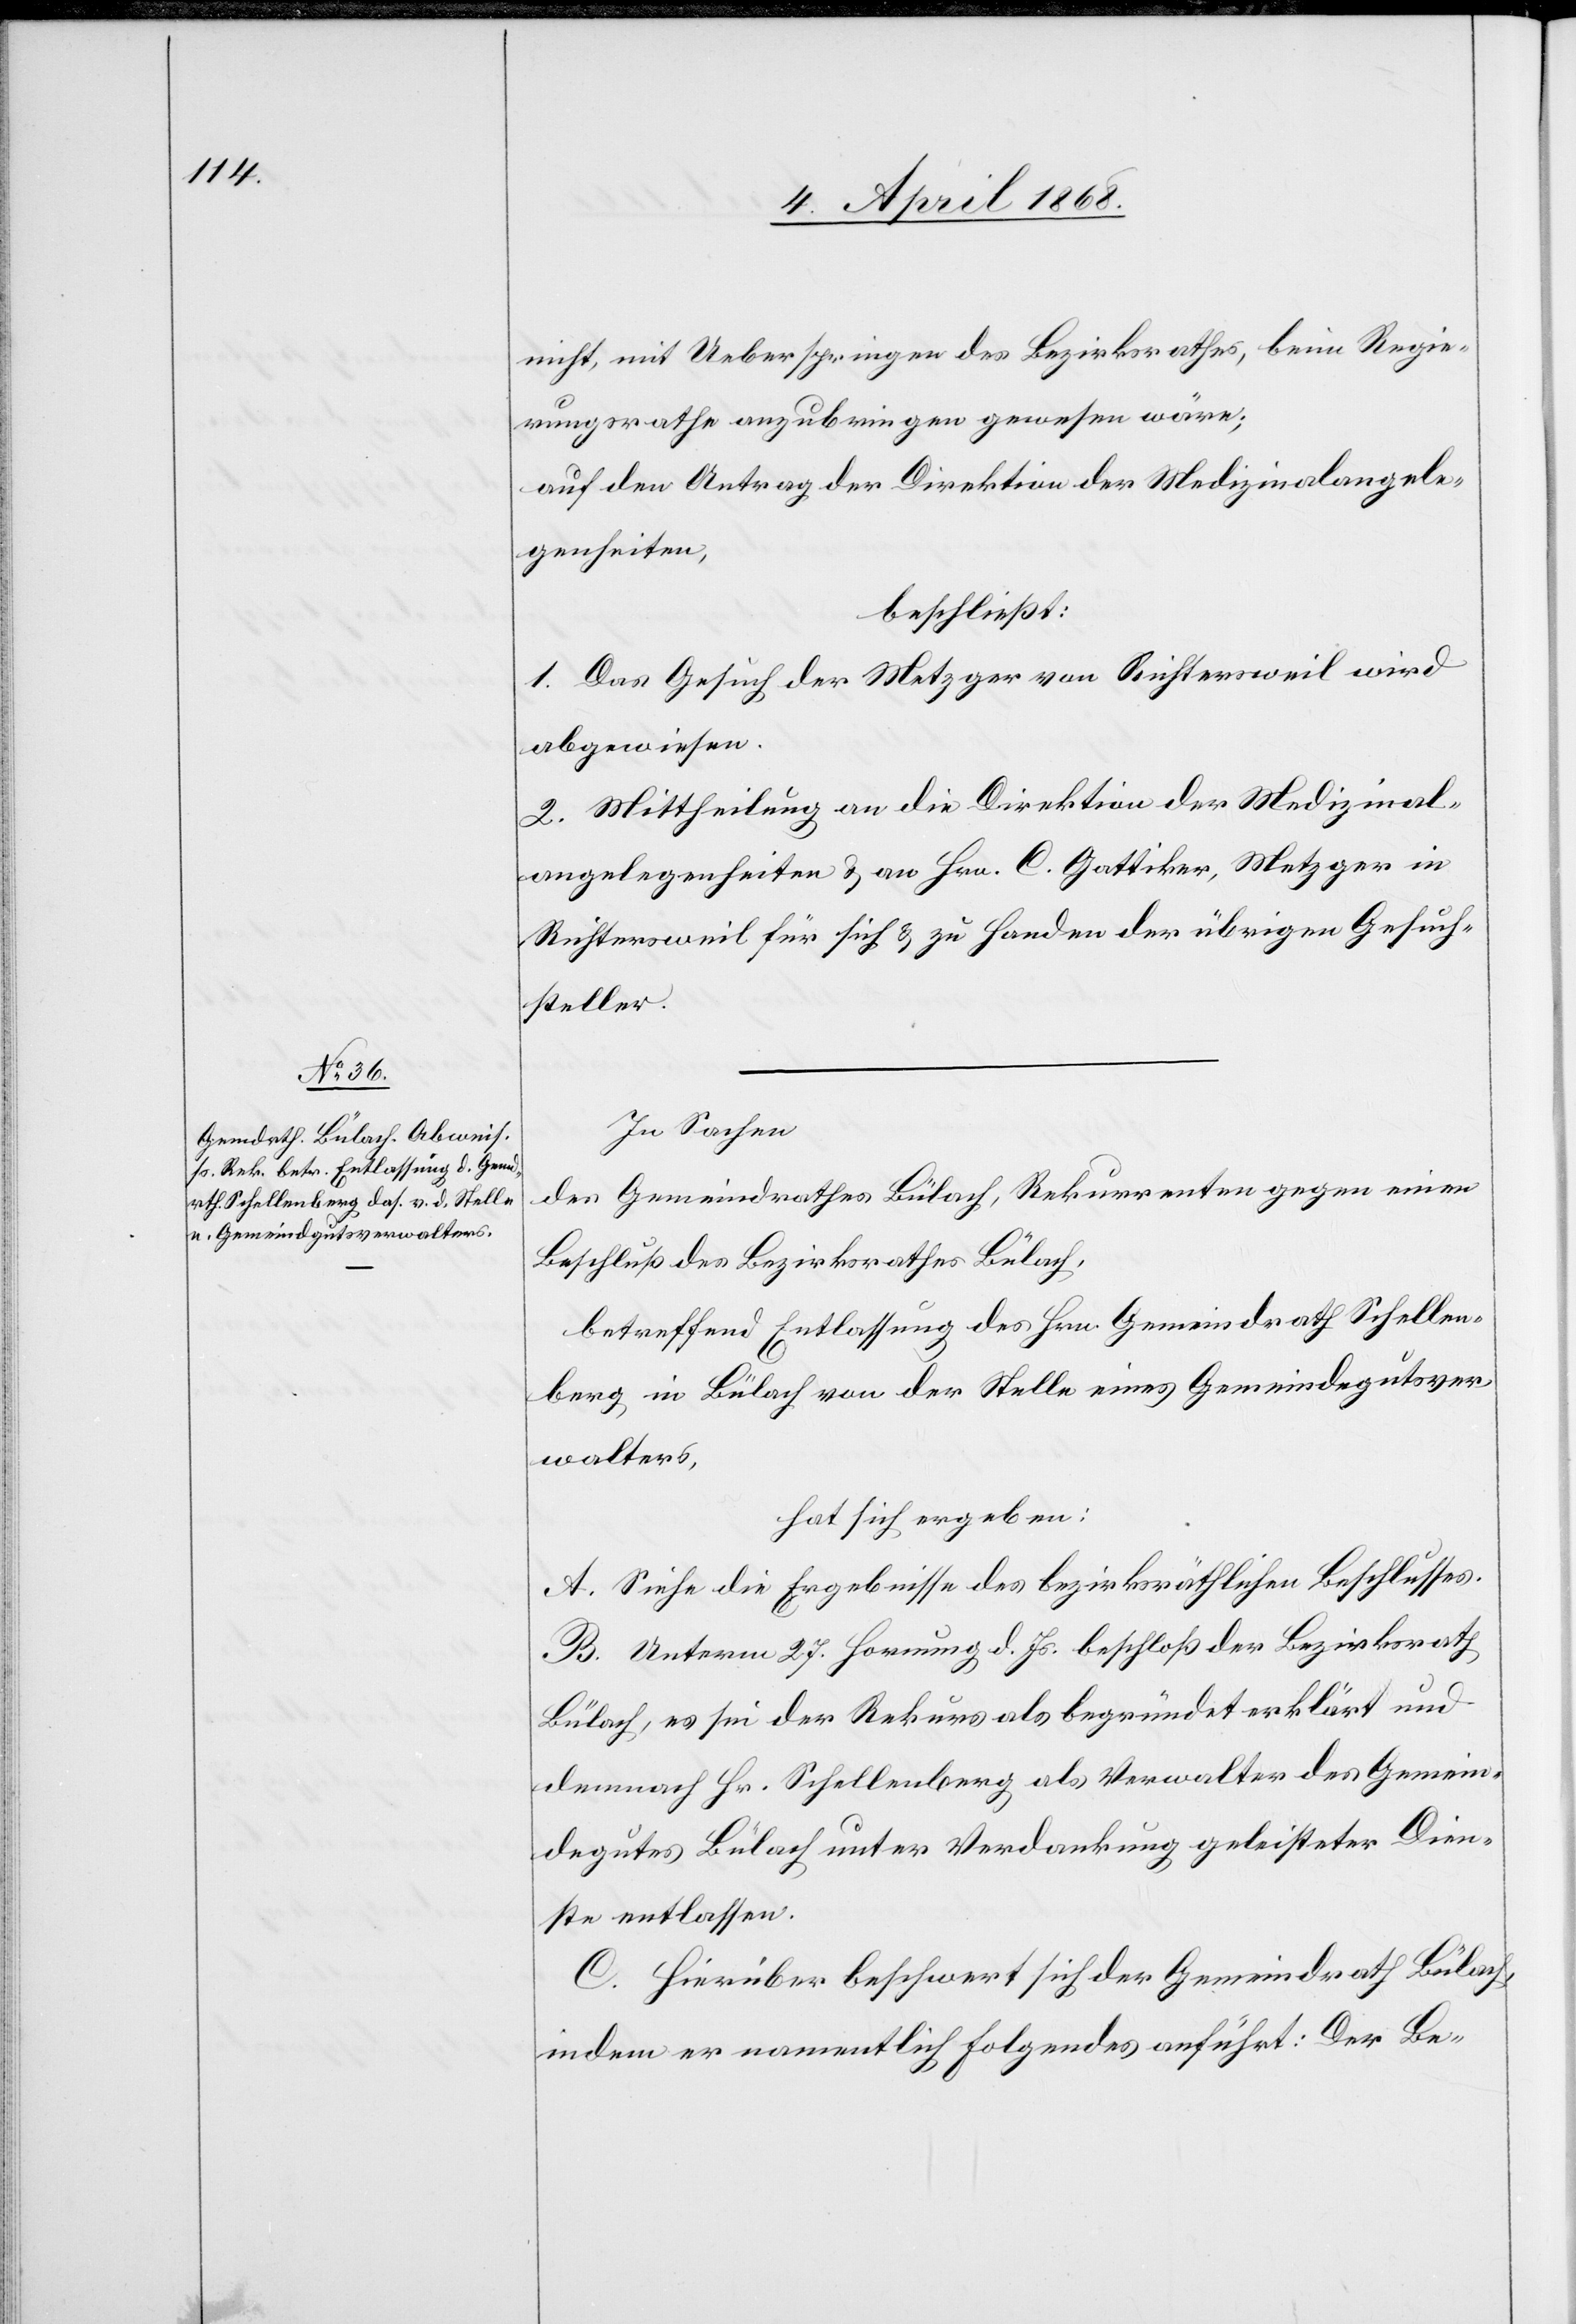
nicht, mit Ueberspringen des Bezirksrathes, beim Regie¬
rungsrathe anzubringen gewesen wäre;
auf den Antrag der Direktion der Medizinalangele¬
genheiten,
beschließt:
1. Das Gesuch der Metzger von Richtersweil wird
abgewiesen.
2. Mittheilung an die Direktion der Medizinal¬
angelegenheiten & an Hrn. C. Gattiker, Metzger in
Richtersweil für sich & zu Handen der übrigen Gesuch¬
steller.
In Sachen
des Gemeindrathes Bülach, Rekurrenten gegen einen
Beschluß des Bezirksrathes Bülach,
betreffend Entlassung des Hrn. Gemeindrath Schellen¬
berg in Bülach von der Stelle eines Gemeindegutsver¬
walters,
hat sich ergeben:
A. Siehe die Ergebnisse des bezirksräthlichen Beschlusses.
B. Unterm 27. Hornung d. Js. beschloß der Bezirksrath
Bülach, es sei der Rekurs als begründet erklärt und
demnach Hr. Schellenberg als Verwalter des Gemein¬
degutes Bülach unter Verdankung geleisteter Dien¬
ste entlassen.
C. Hierüber beschwert sich der Gemeindrath Bülach,
indem er namentlich Folgendes anführt: Der Be-